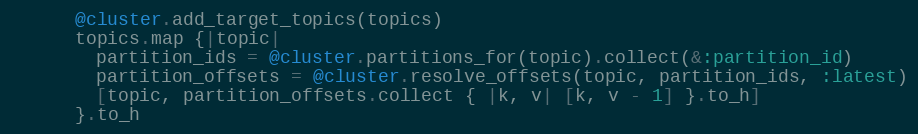
Language: Ruby
      @cluster.add_target_topics(topics)
      topics.map {|topic|
        partition_ids = @cluster.partitions_for(topic).collect(&:partition_id)
        partition_offsets = @cluster.resolve_offsets(topic, partition_ids, :latest)
        [topic, partition_offsets.collect { |k, v| [k, v - 1] }.to_h]
      }.to_h